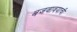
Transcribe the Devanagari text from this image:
बजवावयाची